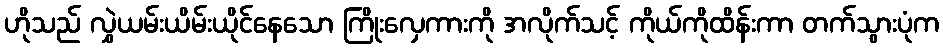
ဟိုသည် လွှဲယမ်းယိမ်းယိုင်နေသော ကြိုးလှေကားကို အလိုက်သင့် ကိုယ်ကိုထိန်းကာ တက်သွားပုံက